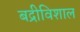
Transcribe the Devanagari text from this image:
बद्रीविशाल